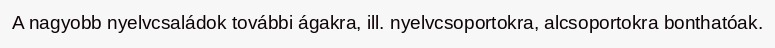
A nagyobb nyelvcsaládok további ágakra, ill. nyelvcsoportokra, alcsoportokra bonthatóak.